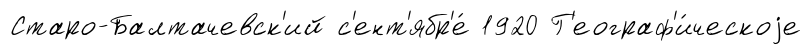
Старо-Балтачевск'ий с'ент'ябр'е́ 1920 Г'еограф'и́ческоjе